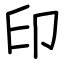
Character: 印